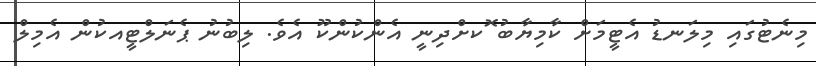
މިނެޓުގައި މިލަނޑު އެޓީމަށް ކާމިޔާބު ޮކށްދިނީ އެންކުންކޫ އެވެ. ލިބުނު ޕެނަލްޓީއކުން އެމިލް